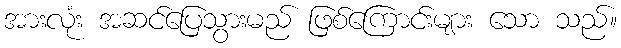
အားလုံး အဆင်ပြေသွားမည် ဖြစ်ကြောင်းများ သော သည်။